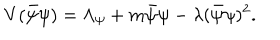
LaTeX: V ( \bar { \psi } \psi ) = \Lambda _ { \psi } + m \bar { \psi } { \psi } - \lambda ( \bar { \psi } \psi ) ^ { 2 } .